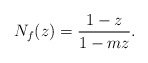
\begin{align*} N_f(z)&= \dfrac{1-z}{1-mz}. \end{align*}